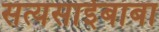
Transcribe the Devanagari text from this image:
सत्यसाईबाबा